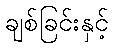
ချစ်ခြင်းနှင့်